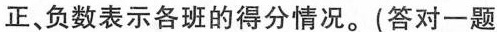
正、负数表示各班的得分情况。(答对一题